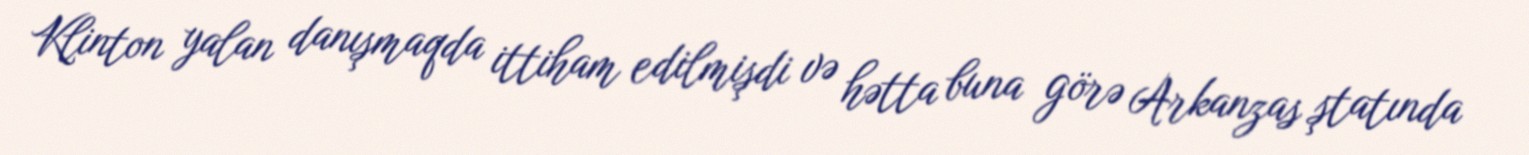
Klinton yalan danışmaqda ittiham edilmişdi və hətta buna görə Arkanzas ştatında